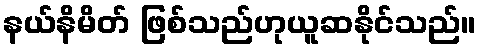
နယ်နိမိတ် ဖြစ်သည်ဟုယူဆနိုင်သည်။